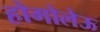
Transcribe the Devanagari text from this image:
होगोलेऊ